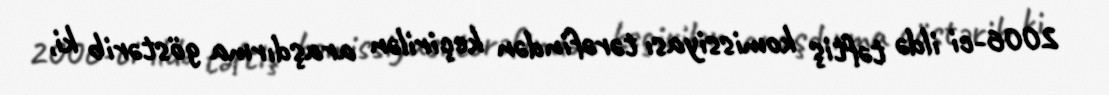
2006-ci ildə təftiş komissiyası tərəfindən keçirilən araşdırma göstərib ki,